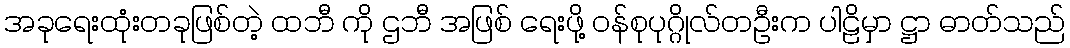
အခုရေးထုံးတခုဖြစ်တဲ့ ထဘီ ကို ဌဘီ အဖြစ် ရေးဖို့ ဝန်စုပုဂ္ဂိုလ်တဦးက ပါဠိမှာ ဋ္ဌာ ဓာတ်သည်